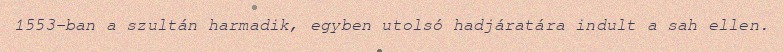
1553-ban a szultán harmadik, egyben utolsó hadjáratára indult a sah ellen.